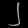
Digit: ၂